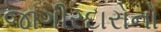
જાગીરદારોનો